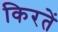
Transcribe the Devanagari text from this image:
किरतें